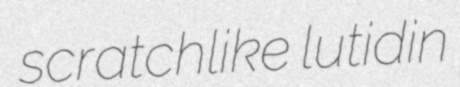
scratchlike lutidin